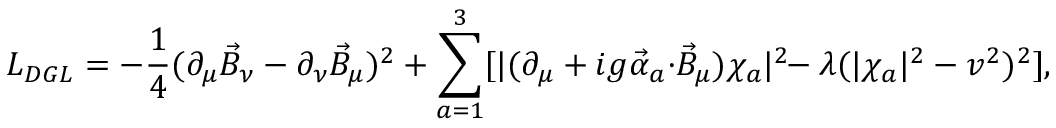
{ \cal L } _ { D G L } = - \frac { 1 } { 4 } ( \partial _ { \mu } \vec { B } _ { \nu } - \partial _ { \nu } \vec { B } _ { \mu } ) ^ { 2 } + \sum _ { a = 1 } ^ { 3 } [ | ( \partial _ { \mu } + i g \vec { \alpha } _ { a } { \cdot } \vec { B } _ { \mu } ) \chi _ { a } | ^ { 2 } \! \! - \lambda ( | \chi _ { a } | ^ { 2 } - v ^ { 2 } ) ^ { 2 } ] ,